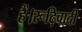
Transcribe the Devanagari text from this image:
हैं।रूढ़िवादी